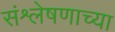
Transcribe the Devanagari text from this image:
संश्लेषणाच्या